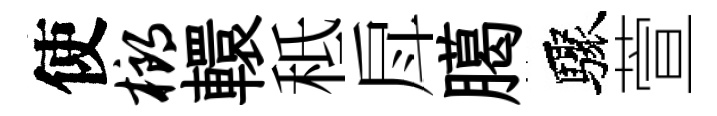
使榔轘秪戽臈驟萱